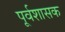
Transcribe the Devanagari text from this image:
पूर्वशासक